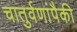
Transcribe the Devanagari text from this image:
चातुर्वणांपैकी